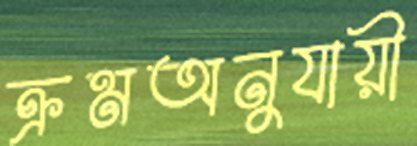
ক্রমঅনুযায়ী